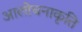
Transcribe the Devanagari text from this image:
आलोचनाकृति